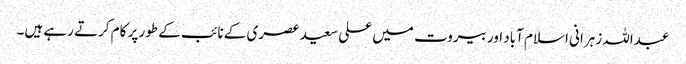
عبداللہ زہرانی اسلام آباد اور بیروت میں علی سعید عصری کے نائب کے طور پر کام کرتے رہے ہیں۔